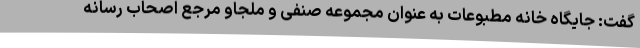
گفت: جایگاه خانه مطبوعات به عنوان مجموعه صنفی و ملجاو مرجع اصحاب رسانه